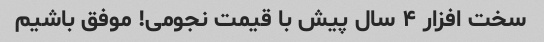
سخت افزار ۴ سال پیش با قیمت نجومی! موفق باشیم